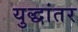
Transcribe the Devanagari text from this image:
युद्धांतर